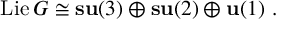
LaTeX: \mathrm { L i e \, } G \cong { \bf s u } ( 3 ) \oplus { \bf s u } ( 2 ) \oplus { \bf u } ( 1 ) \ .